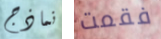
نماذج فقمت